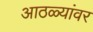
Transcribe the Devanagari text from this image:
आठळ्यांवर